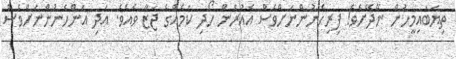
ތިޔަބައިމީހުން ނޭދޭށެވެ! ފިރިހެނުންނަށްވެސް އެއުރެން ހޯދި ކަމެއްގެ ޖަޒާ ވެއެވެ. އަދި އަންހެނުންނަށްވެސް